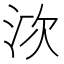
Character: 𣳩